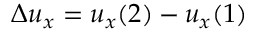
\Delta u _ { x } = u _ { x } ( 2 ) - u _ { x } ( 1 )